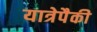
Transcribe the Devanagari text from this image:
यात्रेपैकी